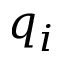
q _ { i }